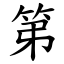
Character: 第